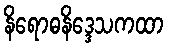
နိရောဓနိဒ္ဒေသကထာ